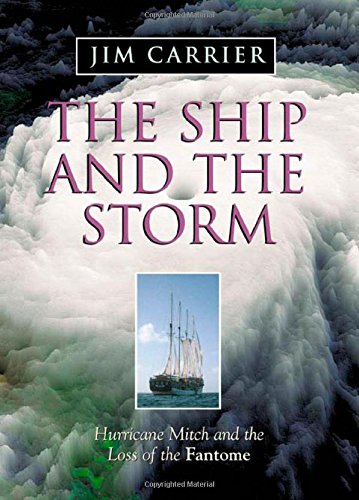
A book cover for The Ship and the Storm; Jim Carrier; Science & Math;